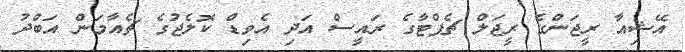
އޭޝިއާ ރީޖަންގެ ރީޖަލް ޗެޕްޓާގެ ރައީސް އަދި އެވިޑް ކޮލެޖުގެ ޗެއާމަން އަބްދު